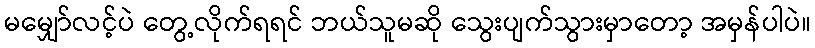
မမျှော်လင့်ပဲ တွေ့လိုက်ရရင် ဘယ်သူမဆို သွေးပျက်သွားမှာတော့ အမှန်ပါပဲ။